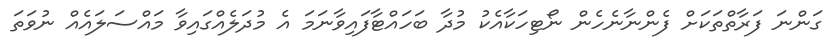
ގަންނަ ފަރާތްތަކަށް ފެންނާނެހެން ނޯޓިހަކާއެކު މުދާ ބަހައްޓާފައިވާނަމަ އެ މުދަލެއްގައިވާ މައްސަލައެއް ނުވަތަ